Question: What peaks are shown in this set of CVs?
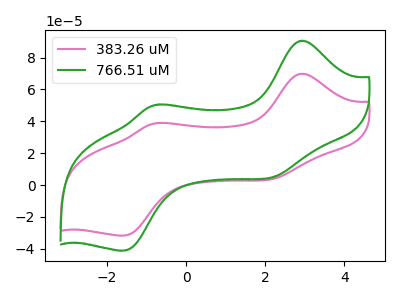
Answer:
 <answer>The pink curve "383.26 uM" has anodic peaks at (2.95V, 69.90uA) (-0.70V, 39.00uA) and cathodic peaks at (2.30V, 4.30uA) (-1.55V, -31.65uA). The green curve "766.51 uM" has anodic peaks at (2.95V, 90.65uA) (-0.70V, 50.55uA) and cathodic peaks at (2.30V, 5.55uA) (-1.55V, -41.05uA).</answer>
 <eval></eval>